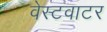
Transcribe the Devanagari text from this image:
वेस्टवाटर